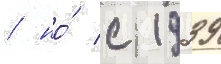
/ но́ с 1939